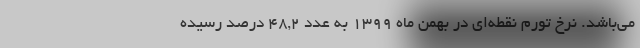
می‌باشد. نرخ تورم نقطه‌ای در بهمن ماه ١٣٩٩ به عدد ٤٨,٢ درصد رسیده